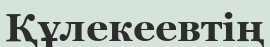
Құлекеевтің